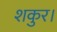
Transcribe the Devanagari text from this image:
शकुर।